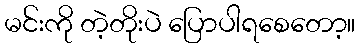
မင်းကို တဲ့တိုးပဲ ပြောပါရစေတော့။